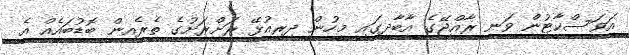
އަވަސްކާޓުން ވަނީ ރާއްޖޭގެ އާބާދީގައި މީހުން ދިރިއުޅޭ ރަށްރަށުގެ ތެރެއިން ބޮޑުބައެއް އެ